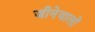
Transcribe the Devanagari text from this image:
जीनेवालों